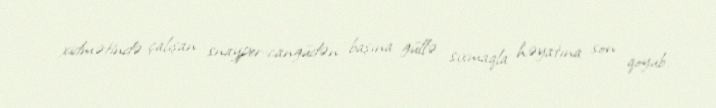
xidmətində çalışan snayper-cangüdən başına güllə sıxmaqla həyatına son qoyub.